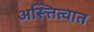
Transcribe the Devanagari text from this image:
अस्त्तित्वात